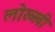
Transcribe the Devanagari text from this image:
लोख्खी